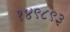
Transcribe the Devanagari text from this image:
१४९८९३